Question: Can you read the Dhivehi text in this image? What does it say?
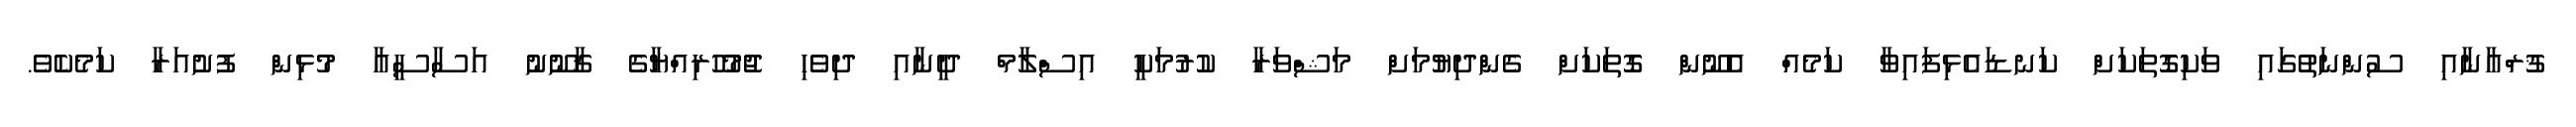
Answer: ޤުރްއާނާއި ސުންނަތުގައި ވަކިގޮތަކަށް ކަނޑައެޅިފައިވާ ކަމެއް އެނޫން ގޮތަކަށް ގެންދިޔުމަށް މަޝްވަރާ ކުރުމަކީ އިސްލާމް ދީނާއި ދިވެހި ޖުމުހޫރިއްޔާގެ ޤާނޫނު އަސާސީއާ މުޅިން ފުށުއަރާ ކަމެކެވެ.